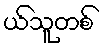
ယ်သူတစ်